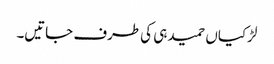
لڑکیاں حمید ہی کی طرف جاتیں۔